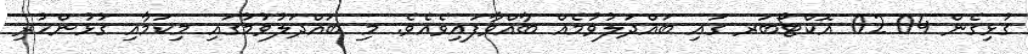
ގުޅިގެން 04-02 އޮކްޓޯބަރ ގައި ބައްދަލުވުމެއް ބާއްވާފަައިވެއެވެ. މި ބައްދަލުވުމުގައި މިކަމާއި ގުޅުންހުރި